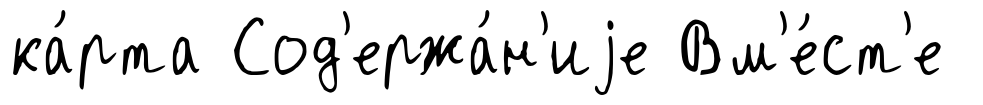
ка́рта Сод'ержа́н'иjе Вм'е́ст'е